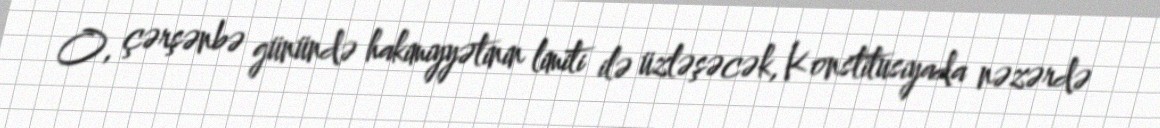
O, çərşənbə günündə hakimiyyətinin limiti ilə üzləşəcək, Konstitusiyada nəzərdə